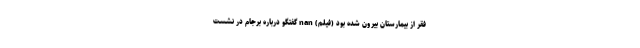
فقر از بیمارستان بیرون شده بود (فیلم) nan گفتگو درباره برجام در نشست